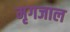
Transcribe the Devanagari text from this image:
मृगजाल